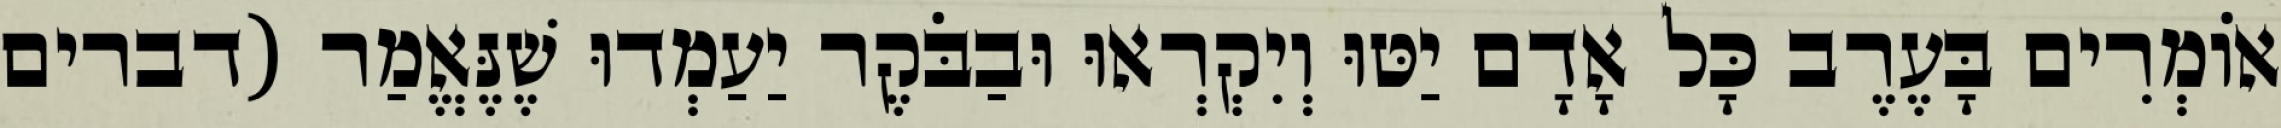
אוֹמְרִים בָּעֶרֶב כָּל אָדָם יַטּוּ וְיִקְרְאוּ וּבַבֹּקֶר יַעַמְדוּ שֶׁנֶּאֱמַר (דברים